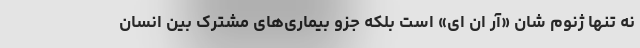
نه تنها ژنوم شان «آر ان ای» است بلکه جزو بیماری‌های مشترک بین انسان